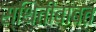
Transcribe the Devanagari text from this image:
स्थितीबाबत